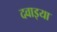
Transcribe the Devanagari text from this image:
दवाइया